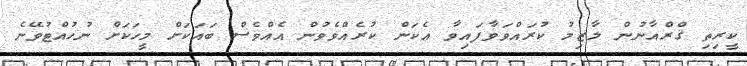
ކީރިތި ޤްރްއާނުން ލާޒިމު ކުރައްވަވާފައިވާ އެކަން ކުރެއްވެވުން އެއްވެސް ބައަކަށް މީހަކަށް ނުހުއްޓުވޭނެ